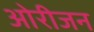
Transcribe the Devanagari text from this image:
ओरीजन